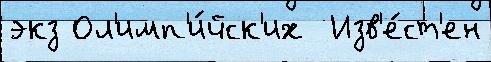
экз Ол'имп'и́йск'их  Изв'е́ст'ен